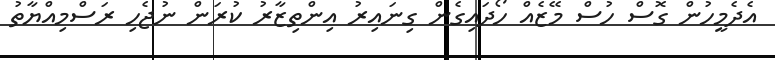
އެދެމީހުން ގޮސް ހުސް މޭޒެއް ހޯދައިގެން ގިނައިރު އިންތިޒާރު ކުރަން ނުޖެހި ރަސްމިއްޔާތު